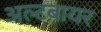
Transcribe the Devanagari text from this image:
अल्टबायर